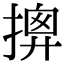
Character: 𢱰